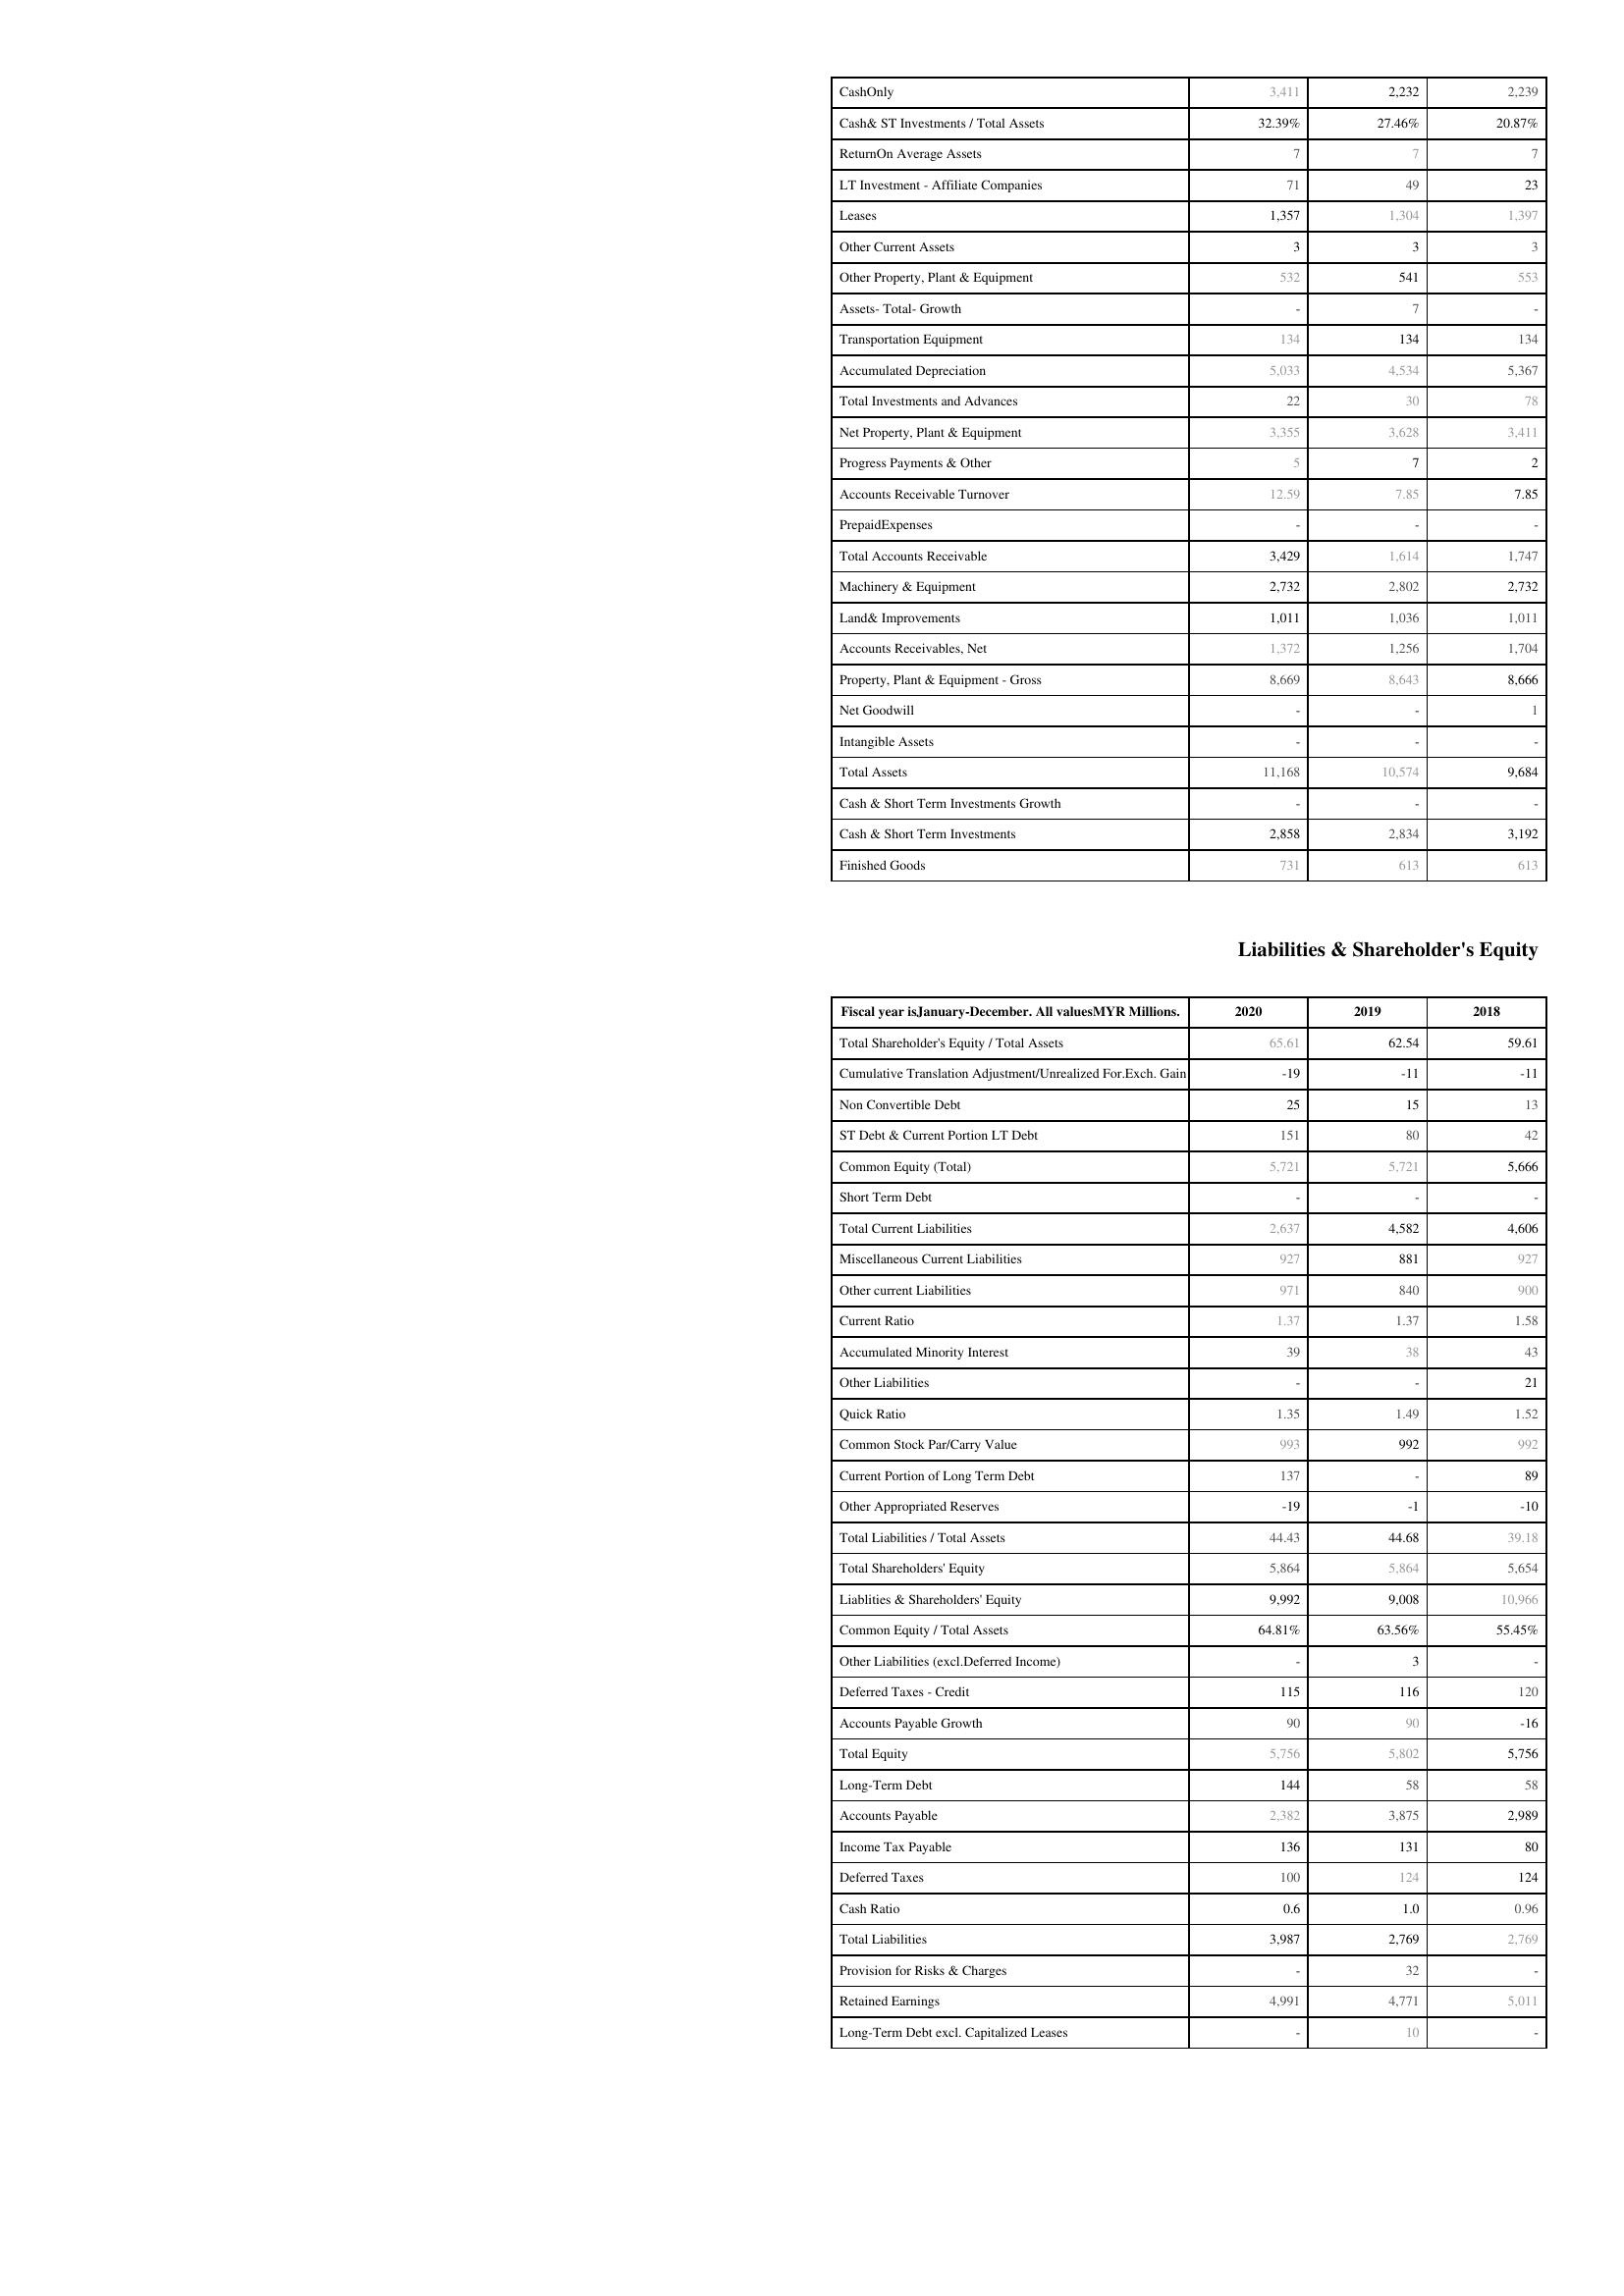
2020: Assets: CashOnly: 3,411
Cash& ST Investments / Total Assets: 32.39%
ReturnOn Average Assets: 7
LT Investment - Affiliate Companies: 71
Leases: 1,357
Other Current Assets: 3
Other Property, Plant & Equipment: 532
Assets- Total- Growth: -
Transportation Equipment: 134
Accumulated Depreciation: 5,033
Total Investments and Advances: 22
Net Property, Plant & Equipment: 3,355
Progress Payments & Other: 5
Accounts Receivable Turnover: 12.59
PrepaidExpenses: -
Total Accounts Receivable: 3,429
Machinery & Equipment: 2,732
Land& Improvements: 1,011
Accounts Receivables, Net: 1,372
Property, Plant & Equipment - Gross : 8,669
Net Goodwill: -
Intangible Assets: -
Total Assets: 11,168
Cash & Short Term Investments Growth: -
Cash & Short Term Investments: 2,858
Finished Goods: 731
Liabilities & Shareholder's Equity: Total Shareholder's Equity / Total Assets: 65.61
Cumulative Translation Adjustment/Unrealized For.Exch. Gain: -19
Non Convertible Debt: 25
ST Debt & Current Portion LT Debt: 151
Common Equity (Total): 5,721
Short Term Debt: -
Total Current Liabilities: 2,637
Miscellaneous Current Liabilities: 927
Other current Liabilities: 971
Current Ratio: 1.37
Accumulated Minority Interest: 39
Other Liabilities: -
Quick Ratio: 1.35
Common Stock Par/Carry Value: 993
Current Portion of Long Term Debt: 137
Other Appropriated Reserves: -19
Total Liabilities / Total Assets: 44.43
Total Shareholders' Equity: 5,864
Liablities & Shareholders' Equity: 9,992
Common Equity / Total Assets: 64.81%
Other Liabilities (excl.Deferred Income): -
Deferred Taxes - Credit: 115
Accounts Payable Growth: 90
Total Equity: 5,756
Long-Term Debt: 144
Accounts Payable: 2,382
Income Tax Payable: 136
Deferred Taxes: 100
Cash Ratio: 0.6
Total Liabilities: 3,987
Provision for Risks & Charges: -
Retained Earnings: 4,991
Long-Term Debt excl. Capitalized Leases: -
2019: Assets: CashOnly: 2,232
Cash& ST Investments / Total Assets: 27.46%
ReturnOn Average Assets: 7
LT Investment - Affiliate Companies: 49
Leases: 1,304
Other Current Assets: 3
Other Property, Plant & Equipment: 541
Assets- Total- Growth: 7
Transportation Equipment: 134
Accumulated Depreciation: 4,534
Total Investments and Advances: 30
Net Property, Plant & Equipment: 3,628
Progress Payments & Other: 7
Accounts Receivable Turnover: 7.85
PrepaidExpenses: -
Total Accounts Receivable: 1,614
Machinery & Equipment: 2,802
Land& Improvements: 1,036
Accounts Receivables, Net: 1,256
Property, Plant & Equipment - Gross : 8,643
Net Goodwill: -
Intangible Assets: -
Total Assets: 10,574
Cash & Short Term Investments Growth: -
Cash & Short Term Investments: 2,834
Finished Goods: 613
Liabilities & Shareholder's Equity: Total Shareholder's Equity / Total Assets: 62.54
Cumulative Translation Adjustment/Unrealized For.Exch. Gain: -11
Non Convertible Debt: 15
ST Debt & Current Portion LT Debt: 80
Common Equity (Total): 5,721
Short Term Debt: -
Total Current Liabilities: 4,582
Miscellaneous Current Liabilities: 881
Other current Liabilities: 840
Current Ratio: 1.37
Accumulated Minority Interest: 38
Other Liabilities: -
Quick Ratio: 1.49
Common Stock Par/Carry Value: 992
Current Portion of Long Term Debt: -
Other Appropriated Reserves: -1
Total Liabilities / Total Assets: 44.68
Total Shareholders' Equity: 5,864
Liablities & Shareholders' Equity: 9,008
Common Equity / Total Assets: 63.56%
Other Liabilities (excl.Deferred Income): 3
Deferred Taxes - Credit: 116
Accounts Payable Growth: 90
Total Equity: 5,802
Long-Term Debt: 58
Accounts Payable: 3,875
Income Tax Payable: 131
Deferred Taxes: 124
Cash Ratio: 1.0
Total Liabilities: 2,769
Provision for Risks & Charges: 32
Retained Earnings: 4,771
Long-Term Debt excl. Capitalized Leases: 10
2018: Assets: CashOnly: 2,239
Cash& ST Investments / Total Assets: 20.87%
ReturnOn Average Assets: 7
LT Investment - Affiliate Companies: 23
Leases: 1,397
Other Current Assets: 3
Other Property, Plant & Equipment: 553
Assets- Total- Growth: -
Transportation Equipment: 134
Accumulated Depreciation: 5,367
Total Investments and Advances: 78
Net Property, Plant & Equipment: 3,411
Progress Payments & Other: 2
Accounts Receivable Turnover: 7.85
PrepaidExpenses: -
Total Accounts Receivable: 1,747
Machinery & Equipment: 2,732
Land& Improvements: 1,011
Accounts Receivables, Net: 1,704
Property, Plant & Equipment - Gross : 8,666
Net Goodwill: 1
Intangible Assets: -
Total Assets: 9,684
Cash & Short Term Investments Growth: -
Cash & Short Term Investments: 3,192
Finished Goods: 613
Liabilities & Shareholder's Equity: Total Shareholder's Equity / Total Assets: 59.61
Cumulative Translation Adjustment/Unrealized For.Exch. Gain: -11
Non Convertible Debt: 13
ST Debt & Current Portion LT Debt: 42
Common Equity (Total): 5,666
Short Term Debt: -
Total Current Liabilities: 4,606
Miscellaneous Current Liabilities: 927
Other current Liabilities: 900
Current Ratio: 1.58
Accumulated Minority Interest: 43
Other Liabilities: 21
Quick Ratio: 1.52
Common Stock Par/Carry Value: 992
Current Portion of Long Term Debt: 89
Other Appropriated Reserves: -10
Total Liabilities / Total Assets: 39.18
Total Shareholders' Equity: 5,654
Liablities & Shareholders' Equity: 10,966
Common Equity / Total Assets: 55.45%
Other Liabilities (excl.Deferred Income): -
Deferred Taxes - Credit: 120
Accounts Payable Growth: -16
Total Equity: 5,756
Long-Term Debt: 58
Accounts Payable: 2,989
Income Tax Payable: 80
Deferred Taxes: 124
Cash Ratio: 0.96
Total Liabilities: 2,769
Provision for Risks & Charges: -
Retained Earnings: 5,011
Long-Term Debt excl. Capitalized Leases: -